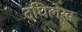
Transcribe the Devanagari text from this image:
दधिलेख